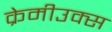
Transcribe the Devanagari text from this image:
क्रेमीउक्स